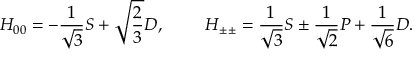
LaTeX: H _ { 0 0 } = - { \frac { 1 } { \sqrt { 3 } } } S + \sqrt { { \frac { 2 } { 3 } } } D , ~ ~ ~ ~ ~ ~ ~ H _ { \pm \pm } = { \frac { 1 } { \sqrt { 3 } } } S \pm { \frac { 1 } { \sqrt { 2 } } } P + { \frac { 1 } { \sqrt { 6 } } } D .